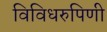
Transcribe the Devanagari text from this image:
विविधरुपिणी